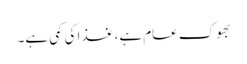
بھوک عام ہے، غذا کی کمی ہے۔